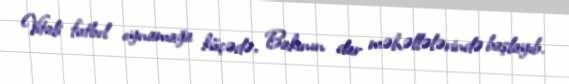
Vitali futbol oynamağa küçədə, Bakının dar məhəllələrində başlayıb.